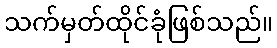
သက်မှတ်ထိုင်ခုံဖြစ်သည်။